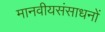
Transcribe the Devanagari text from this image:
मानवीयसंसाधनों